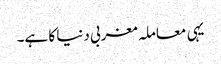
یہی معاملہ مغربی دنیا کا ہے۔